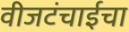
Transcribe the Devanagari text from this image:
वीजटंचाईचा